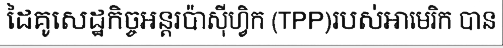
ដៃគូសេដ្ឋកិច្ចអន្តរប៉ាស៊ីហ្វិក (TPP)របស់អាមេរិក បាន